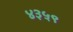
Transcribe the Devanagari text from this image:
४३५९